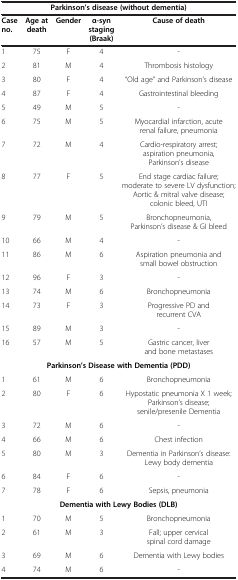
| <COLSPAN=5> Parkinson’s disease (without dementia) |
 | Case no. | Age at death | Gender | α-syn staging (Braak) | Cause of death |
 | --- | --- | --- | --- | --- |
 | 1 | 75 | F | 4 | - |
 | 2 | 81 | M | 4 | Thrombosis histology |
 | 3 | 80 | F | 4 | “Old age” and Parkinson’s disease |
 | 4 | 87 | F | 4 | Gastrointestinal bleeding |
 | 5 | 49 | M | 5 | - |
 | 6 | 75 | M | 5 | Myocardial infarction, acute renal failure, pneumonia |
 | 7 | 72 | M | 4 | Cardio-respiratory arrest; aspiration pneumonia, Parkinson’s disease |
 | 8 | 77 | F | 5 | End stage cardiac failure; moderate to severe LV dysfunction; Aortic & mitral valve disease; colonic bleed, UTI |
 | 9 | 79 | M | 5 | Bronchopneumonia, Parkinson’s disease & GI bleed |
 | 10 | 66 | M | 4 | - |
 | 11 | 86 | M | 6 | Aspiration pneumonia and small bowel obstruction |
 | 12 | 96 | F | 3 | - |
 | 13 | 74 | M | 6 | Bronchopneumonia |
 | 14 | 73 | F | 3 | Progressive PD and recurrent CVA |
 | 15 | 89 | M | 3 | - |
 | 16 | 57 | M | 5 | Gastric cancer, liver and bone metastases |
 | <COLSPAN=5> Parkinson’s Disease with Dementia (PDD) |
 | 1 | 61 | M | 6 | Bronchopneumonia |
 | 2 | 80 | F | 6 | Hypostatic pneumonia X 1 week; Parkinson’s disease; senile/presenile Dementia |
 | 3 | 72 | M | 6 | - |
 | 4 | 66 | M | 6 | Chest infection |
 | 5 | 80 | M | 3 | Dementia in Parkinson’s disease: Lewy body dementia |
 | 6 | 84 | F | 6 | - |
 | 7 | 78 | F | 6 | Sepsis, pneumonia |
 | <COLSPAN=5> Dementia with Lewy Bodies (DLB) |
 | 1 | 70 | M | 5 | Bronchopneumonia |
 | 2 | 61 | M | 3 | Fall; upper cervical spinal cord damage |
 | 3 | 69 | M | 6 | Dementia with Lewy bodies |
 | 4 | 74 | M | 6 | - |